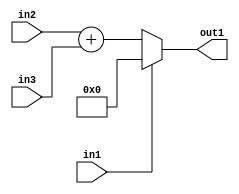
`timescale 1ps / 1ps
/*****************************************************************************
    Verilog RTL Description
    
    
    Created by: Stratus DpOpt 21.05.01 
*******************************************************************************/

module dut_entirecomputation_alt19_0 (
	in1,
	in2,
	in3,
	out1
	); /* architecture "behavioural" */ 
input  in1;
input [12:0] in2,
	in3;
output [13:0] out1;
wire [13:0] asc001,
	asc002;

assign asc002 = 
	+(in2)
	+(in3);

reg [13:0] asc001_tmp_0;
assign asc001 = asc001_tmp_0;
always @ (in1 or asc002) begin
	case (in1)
		1'B1 : asc001_tmp_0 = 14'B00000000000000 ;
		default : asc001_tmp_0 = asc002 ;
	endcase
end

assign out1 = asc001;
endmodule

/* CADENCE  v7H2Sgs= : u9/ySxbfrwZIxEzHVQQV8Q== ** DO NOT EDIT THIS LINE ******/